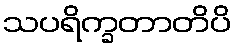
သပရိက္ခတာတိပိ